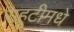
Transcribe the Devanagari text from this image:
राहुटीमधे